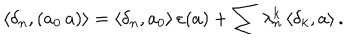
LaTeX: \langle \delta _ { n } , ( a _ { 0 } \, a ) \rangle = \langle \delta _ { n } , a _ { 0 } \rangle \, \varepsilon ( a ) + \sum \lambda _ { n } ^ { k } \, \langle \delta _ { k } , a \rangle \, .